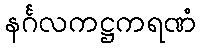
နင်္ဂလကဋ္ဌကရဏံ